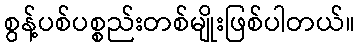
စွန့်ပစ်ပစ္စည်းတစ်မျိုးဖြစ်ပါတယ်။